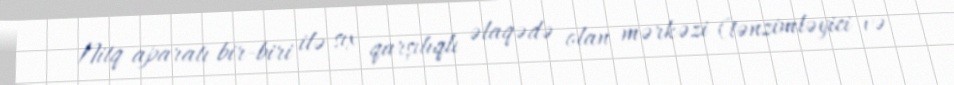
Nitq aparatı bir-biri ilə sıx qarşılıqlı əlaqədə olan mərkəzi (tənzimləyici və